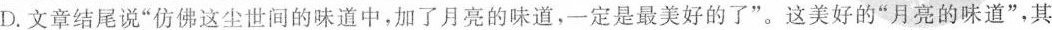
D.文章结尾说”仿佛这尘世间的味道中，加了月亮的味道，一定是最美好的了”。这美好的”月亮的味道”，其